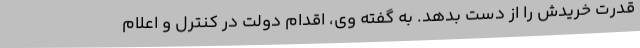
قدرت خریدش را از دست بدهد. به گفته وی، اقدام دولت در کنترل و اعلام